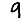
Digit: 9